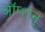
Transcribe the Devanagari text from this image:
ऑप्शन्